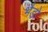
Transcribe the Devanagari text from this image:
भैडो़